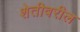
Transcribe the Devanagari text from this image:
शेतीवरील